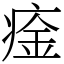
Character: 㾣